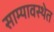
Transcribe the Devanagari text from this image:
साम्यावस्थेत